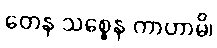
တေန သစ္စေန ကာဟာမိ၊